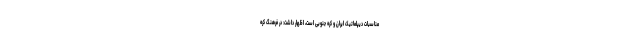
مناسبات دیپلماتیک ایران و کره جنوبی است، اظهار داشت: در فرهنگ کره